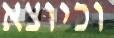
וכיוצא